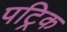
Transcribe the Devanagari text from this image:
पट्रिक